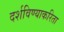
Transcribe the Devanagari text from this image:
दर्शविण्याकरिता